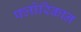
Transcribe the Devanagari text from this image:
फ्लोरिकान